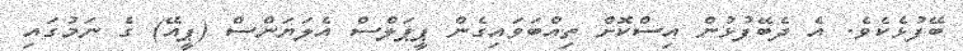
ބޭފުޅެކެވެ. އެ ދެބޭފުޅުން އިސްކޮށް ތިއްބަވައިގެން ޕީޕަލްސް އެލަޔަންސް (ޕީއޭ) ގެ ނަމުގައި